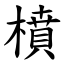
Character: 橨